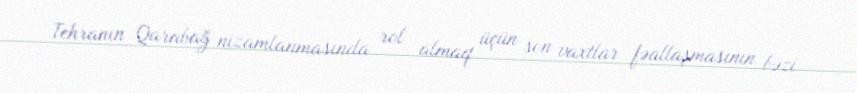
Tehranın Qarabağ nizamlanmasında rol almaq üçün son vaxtlar fəallaşmasının bəzi